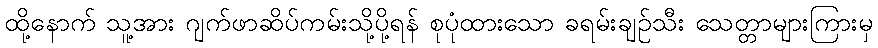
ထို့နောက် သူ့အား ဂျက်ဖာဆိပ်ကမ်းသို့ပို့ရန် စုပုံထားသော ခရမ်းချဉ်သီး သေတ္တာများကြားမှ